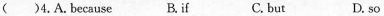
( )4.A.because B.if C. but D. so